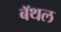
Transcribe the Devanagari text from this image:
बॅथल